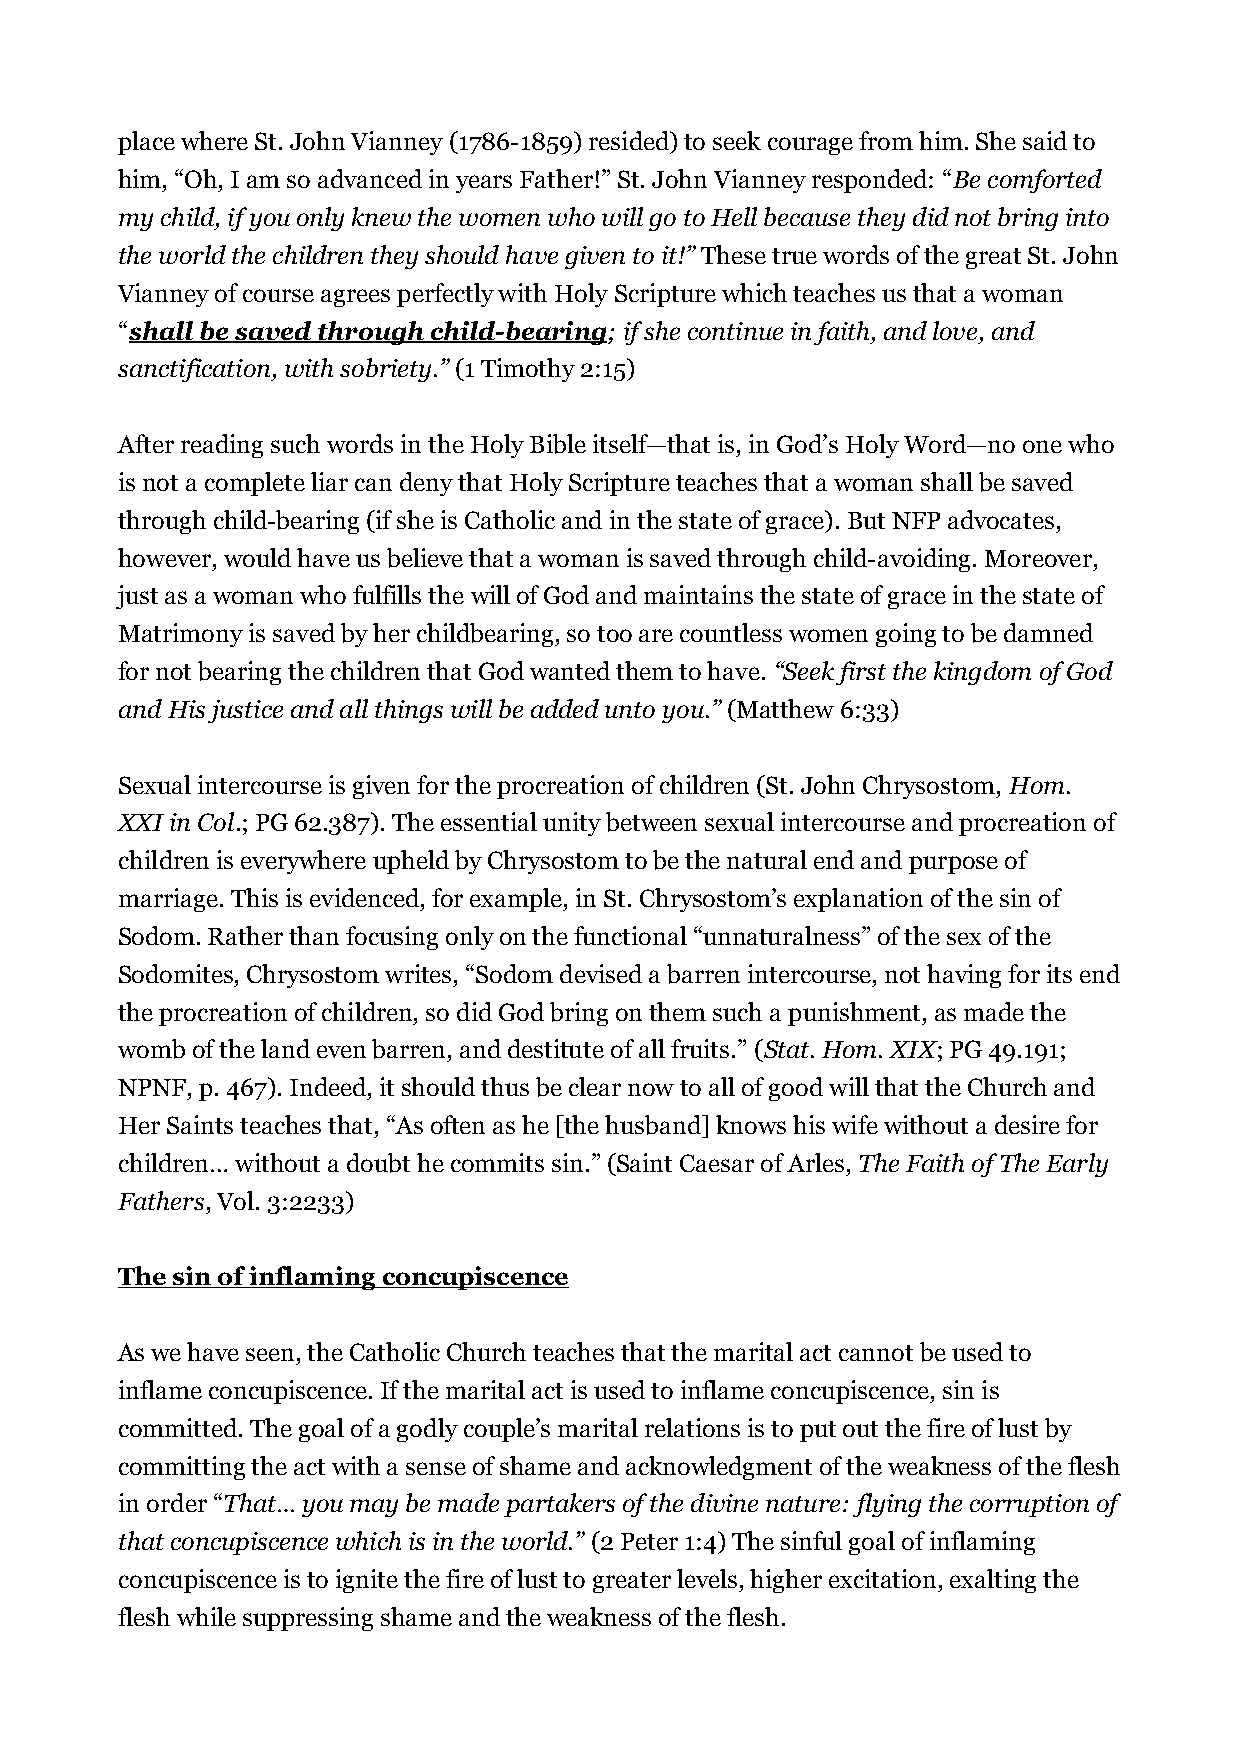
place where St. John Vianney (1786-1859) resided) to seek courage from him. She said to
 him, “Oh, I am so advanced in years Father!” St. John Vianney responded: “Be comforted
 my child, if you only knew the women who will go to Hell because they did not bring into
 the world the children they should have given to it!” These true words of the great St. John
 Vianney of course agrees perfectly with Holy Scripture which teaches us that a woman
 “shall be saved through child-bearing; if she continue in faith, and love, and
 sanctification, with sobriety.” (1 Timothy 2:15)
 After reading such words in the Holy Bible itself—that is, in God’s Holy Word—no one who
 is not a complete liar can deny that Holy Scripture teaches that a woman shall be saved
 through child-bearing (if she is Catholic and in the state of grace). But NFP advocates,
 however, would have us believe that a woman is saved through child-avoiding. Moreover,
 just as a woman who fulfills the will of God and maintains the state of grace in the state of
 Matrimony is saved by her childbearing, so too are countless women going to be damned
 for not bearing the children that God wanted them to have. “Seek first the kingdom of God
 and His justice and all things will be added unto you.” (Matthew 6:33)
 Sexual intercourse is given for the procreation of children (St. John Chrysostom, Hom.
 XXI in Col.; PG 62.387). The essential unity between sexual intercourse and procreation of
 children is everywhere upheld by Chrysostom to be the natural end and purpose of
 marriage. This is evidenced, for example, in St. Chrysostom’s explanation of the sin of
 Sodom. Rather than focusing only on the functional “unnaturalness” of the sex of the
 Sodomites, Chrysostom writes, “Sodom devised a barren intercourse, not having for its end
 the procreation of children, so did God bring on them such a punishment, as made the
 womb of the land even barren, and destitute of all fruits.” (Stat. Hom. XIX; PG 49.191;
 NPNF, p. 467). Indeed, it should thus be clear now to all of good will that the Church and
 Her Saints teaches that, “As often as he [the husband] knows his wife without a desire for
 children… without a doubt he commits sin.” (Saint Caesar of Arles, The Faith of The Early
 Fathers, Vol. 3:2233)
 The sin of inflaming concupiscence
 As we have seen, the Catholic Church teaches that the marital act cannot be used to
 inflame concupiscence. If the marital act is used to inflame concupiscence, sin is
 committed. The goal of a godly couple’s marital relations is to put out the fire of lust by
 committing the act with a sense of shame and acknowledgment of the weakness of the flesh
 in order “That… you may be made partakers of the divine nature: flying the corruption of
 that concupiscence which is in the world.” (2 Peter 1:4) The sinful goal of inflaming
 concupiscence is to ignite the fire of lust to greater levels, higher excitation, exalting the
 flesh while suppressing shame and the weakness of the flesh.